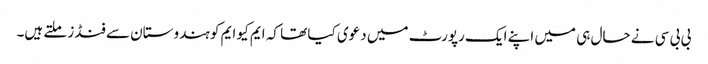
بی بی سی نے حال ہی میں اپنے ایک رپورٹ میں دعوی کیا تھا کہ ایم کیو ایم کو ہندوستان سے فنڈز ملتے ہیں۔